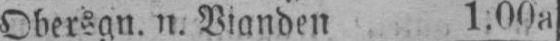
Obersgn. n. Vianden 1.00a